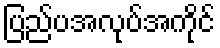
ပြည်ပအလုပ်အကိုင်